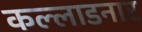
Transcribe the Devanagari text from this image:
कल्लाडनार